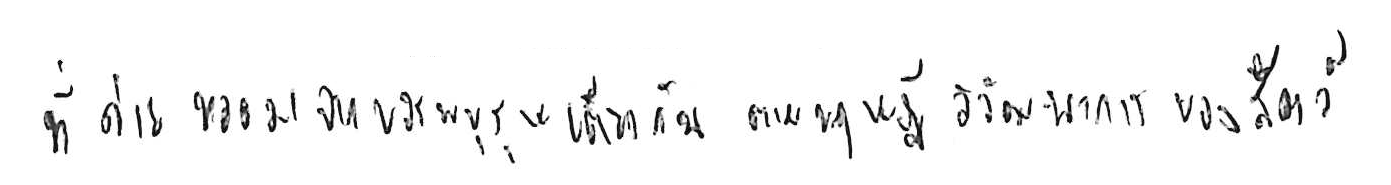
ที่ถ่ายทอดมาจากบรรพบุรุษเดียวกัน ตามทฤษฎีวิวัฒนาการของสัตว์